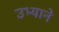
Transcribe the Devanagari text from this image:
उभ्याने